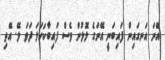
އޭނަ އަނގައިން ފައިބަނީ އޭނަގެ ލޮލުން ވެސް ފައިބާކަހަލަ ދަވަ ލޭ. އޭތި